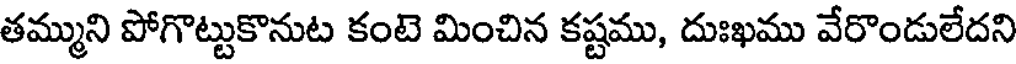
తమ్ముని పోగొట్టుకొనుట కంటె మించిన కష్టము, దుఃఖము వేరొండులేదని